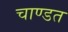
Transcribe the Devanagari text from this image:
चाण्डत